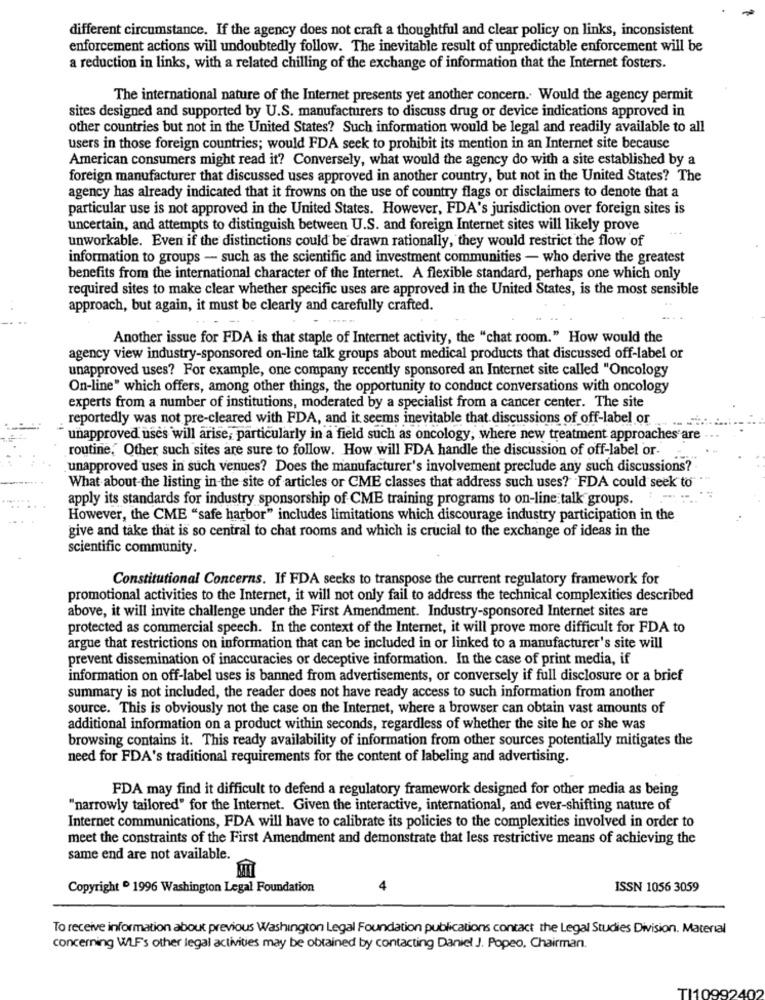
different circumstance. If the agency does not craft a thoughtful and clear policy on links, inconsistent
enforcement actions will undoubtedly follow. The inevitable result of unpredictable enforcement will be
a reduction in links, with a related chilling of the exchange of information that the Internet fosters.
The international nature of the Internet presents yet another concern. Would the agency permit
sites designed and supported by U.S. manufacturers to discuss drug or device indications approved in
other countries but not in the United States? Such information would be legal and readily available to all
users in those foreign countries; would FDA seek to prohibit its mention in an Internet site because
American consumers might read it? Conversely, what would the agency do with a site established by a
foreign manufacturer that discussed uses approved in another country, but not in the United States? The
agency has already indicated that it frowns on the use of country flags or disclaimers to denote that a
particular use is not approved in the United States. However, FDA's jurisdiction over foreign sites is
uncertain, and attempts to distinguish between U.S. and foreign Internet sites will likely prove
unworkable. Even if the distinctions could be drawn rationally, they would restrict the flow of
information to groups - such as the scientific and investment communities - who derive the greatest
benefits from the international character of the Internet. A flexible standard, perhaps one which only
required sites to make clear whether specific uses are approved in the United States, is the most sensible
approach, but again, it must be clearly and carefully crafted.
Another issue for FDA is that staple of Internet activity, the "chat room." How would the
agency view industry-sponsored on-line talk groups about medical products that discussed off-label or
unapproved uses? For example, one company recently sponsored an Internet site called "Oncology
On-line" which offers, among other things, the opportunity to conduct conversations with oncology
experts from a number of institutions, moderated by a specialist from a cancer center. The site
reportedly was not pre-cleared with FDA, and it seems inevitable that discussions of off-label or
unapproved uses will arise, particularly in a field such as oncology, where new treatment approaches are
routine, Other such sites are sure to follow. How will FDA handle the discussion of off-label or-
unapproved uses in such venues? Does the manufacturer's involvement preclude any such discussions?
What about-the listing in the site of articles or CME classes that address such uses? FDA could seek to
apply its standards for industry sponsorship of CME training programs to on-line talk groups.
However, the CME "safe harbor" includes limitations which discourage industry participation in the
give and take that is so central to chat rooms and which is crucial to the exchange of ideas in the
scientific community.
Constitutional Concerns. If FDA seeks to transpose the current regulatory framework for
promotional activities to the Internet, it will not only fail to address the technical complexities described
above, it will invite challenge under the First Amendment. Industry-sponsored Internet sites are
protected as commercial speech. In the context of the Internet, it will prove more difficult for FDA to
argue that restrictions on information that can be included in or linked to a manufacturer's site will
prevent dissemination of inaccuracies or deceptive information. In the case of print media, if
information on off-label uses is banned from advertisements, or conversely if full disclosure or a brief
summary is not included, the reader does not have ready access to such information from another
source. This is obviously not the case on the Internet, where a browser can obtain vast amounts of
additional information on a product within seconds, regardless of whether the site he or she was
browsing contains it. This ready availability of information from other sources potentially mitigates the
need for FDA's traditional requirements for the content of labeling and advertising.
FDA may find it difficult to defend a regulatory framework designed for other media as being
"narrowly tailored" for the Internet. Given the interactive, international, and ever-shifting nature of
Internet communications, FDA will have to calibrate its policies to the complexities involved in order to
meet the constraints of the First Amendment and demonstrate that less restrictive means of achieving the
same end are not available.
Copyright ® 1996 Washington Legal Foundation
4
ISSN 1056 3059
To receive information about previous Washington Legal Foundation publications contact the Legal Studies Division. Material
concerning WLF's other legal activities may be obtained by contacting Daniel J. Popeo, Chairman.
TI10992